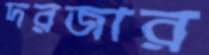
দরজার